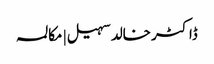
ڈاکٹر خالد سہیل | مکالمہ